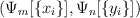
\begin{align*}\left(\Psi_m[\{x_i\}], \Psi_n[\{y_i\}]\right)~~~~~~~~~~~~~~~~~~~~~~~~~~~~~~~~~~~~~~~~~~~~~~~~~~~~~~~~~~~~~~~~~~~~~~~~~~~~~~~~~~~~~~~~~~~~~~\end{align*}